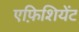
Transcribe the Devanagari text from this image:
एफ़िशियेंट